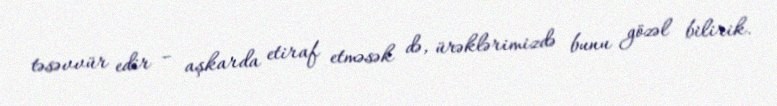
təsəvvür edir – aşkarda etiraf etməsək də, ürəklərimizdə bunu gözəl bilirik.